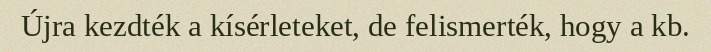
Újra kezdték a kísérleteket, de felismerték, hogy a kb.